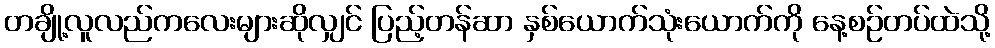
တချို့လူလည်ကလေးများဆိုလျှင် ပြည့်တန်ဆာ နှစ်ယောက်သုံးယောက်ကို နေ့စဉ်တပ်ထဲသို့